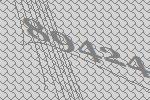
89424